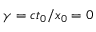
\gamma = c t _ { 0 } / x _ { 0 } = 0